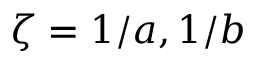
\zeta = 1 / a , 1 / b